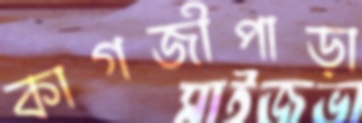
কাগজীপাড়া